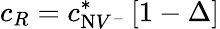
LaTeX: c_{R}=c_{\mathrm{N}V^{-}}^{*}\left[1-\Delta\right]